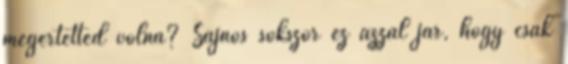
megértetted volna? Sajnos sokszor ez azzal jár, hogy csak